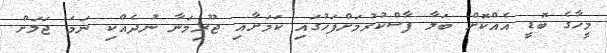
މީހާގެ ބޮޑީ އެއްކޮށް ބަލާ ފާސްކުރުމަށްފަހުގައި ކަމަށާއި ޖޫރިމަނާ ނުދެއްކި ނަމަ ޖަލަށް